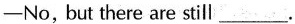
-No,but there are still ___.